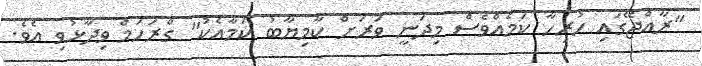
"ރާއްޖޭގައި ހުރިހާ ކަމެއްވެސް މިދަނީ ވަރަށް ކާމިޔާބު ކަމާއެކު" ގްރަހަމް ވިދާޅުވި އެވެ.